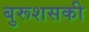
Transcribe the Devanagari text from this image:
बुरूशसकी